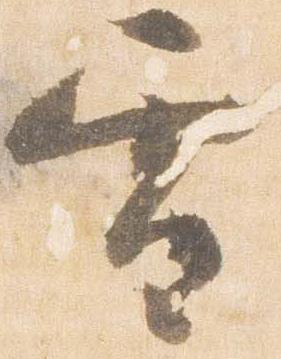
雪